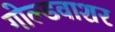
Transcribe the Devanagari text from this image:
गोल्डवाशर